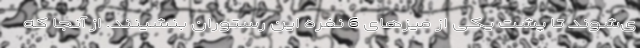
ی‌شوند تا پشت یکی از میزهای 6 نفره این رستوران بنشینند. از آنجا که